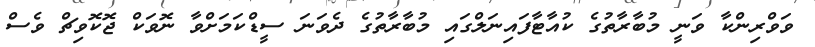
ވަވްރިންކާ ވަނީ މުބާރާތުގެ ކުއާޓާފައިނަލްގައި މުބާރާތުގެ ދެވަނަ ސީޑްކަމަށްވާ ނޮވަކް ޖޮކޮވިޗް ވެސް